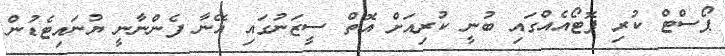
ޕޯސްޓް ކުރި ފޮޓޯއެއްގައި ބުނީ ކުރިއަށް އޮތް ސީޒަނުގައި އޭނާ ފެންނާނީ ޔުނައިޓެޑުން